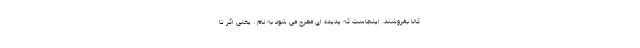
کالا بفروشند. اینجاست که پدیده ای مطرح می شود به نام . یعنی اگر تا